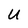
Character: u